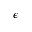
\epsilon